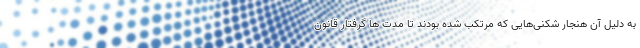
به‌ دلیل آن هنجار شکنی‌هایی که مرتکب شده بودند تا مدت ها گرفتار قانون